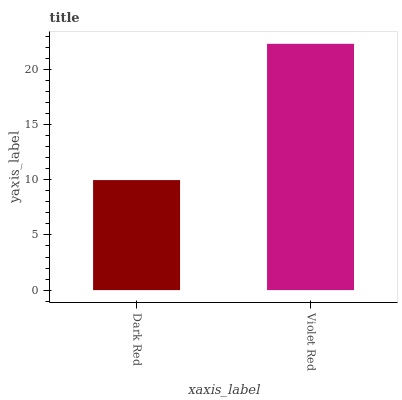
| xaxis_label | bars |
 | --- | --- |
 | Dark Red | 9.98 |
 | Violet Red | 22.3 |